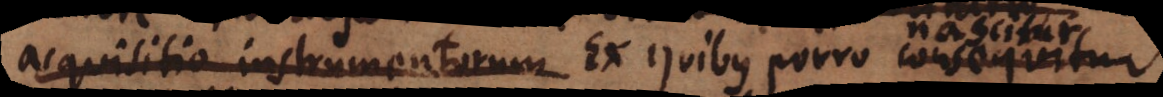
acquisitio instrumentorum Ex quibus porro consequitur